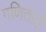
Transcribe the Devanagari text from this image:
गणितीही